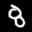
Label: 8